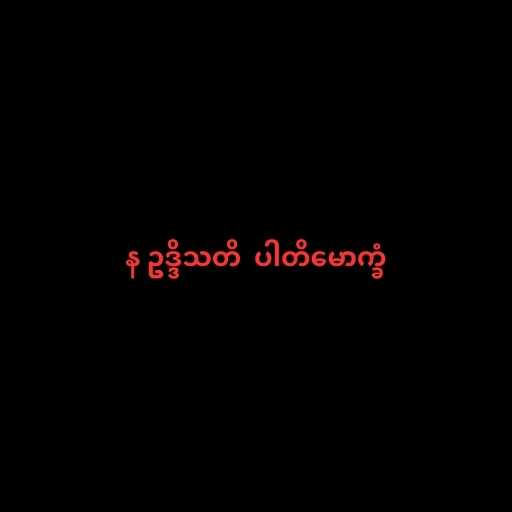
န ဥဒ္ဒိသတိ  ပါတိမောက္ခံ